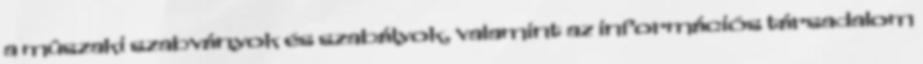
a mûszaki szabványok és szabályok, valamint az információs társadalom